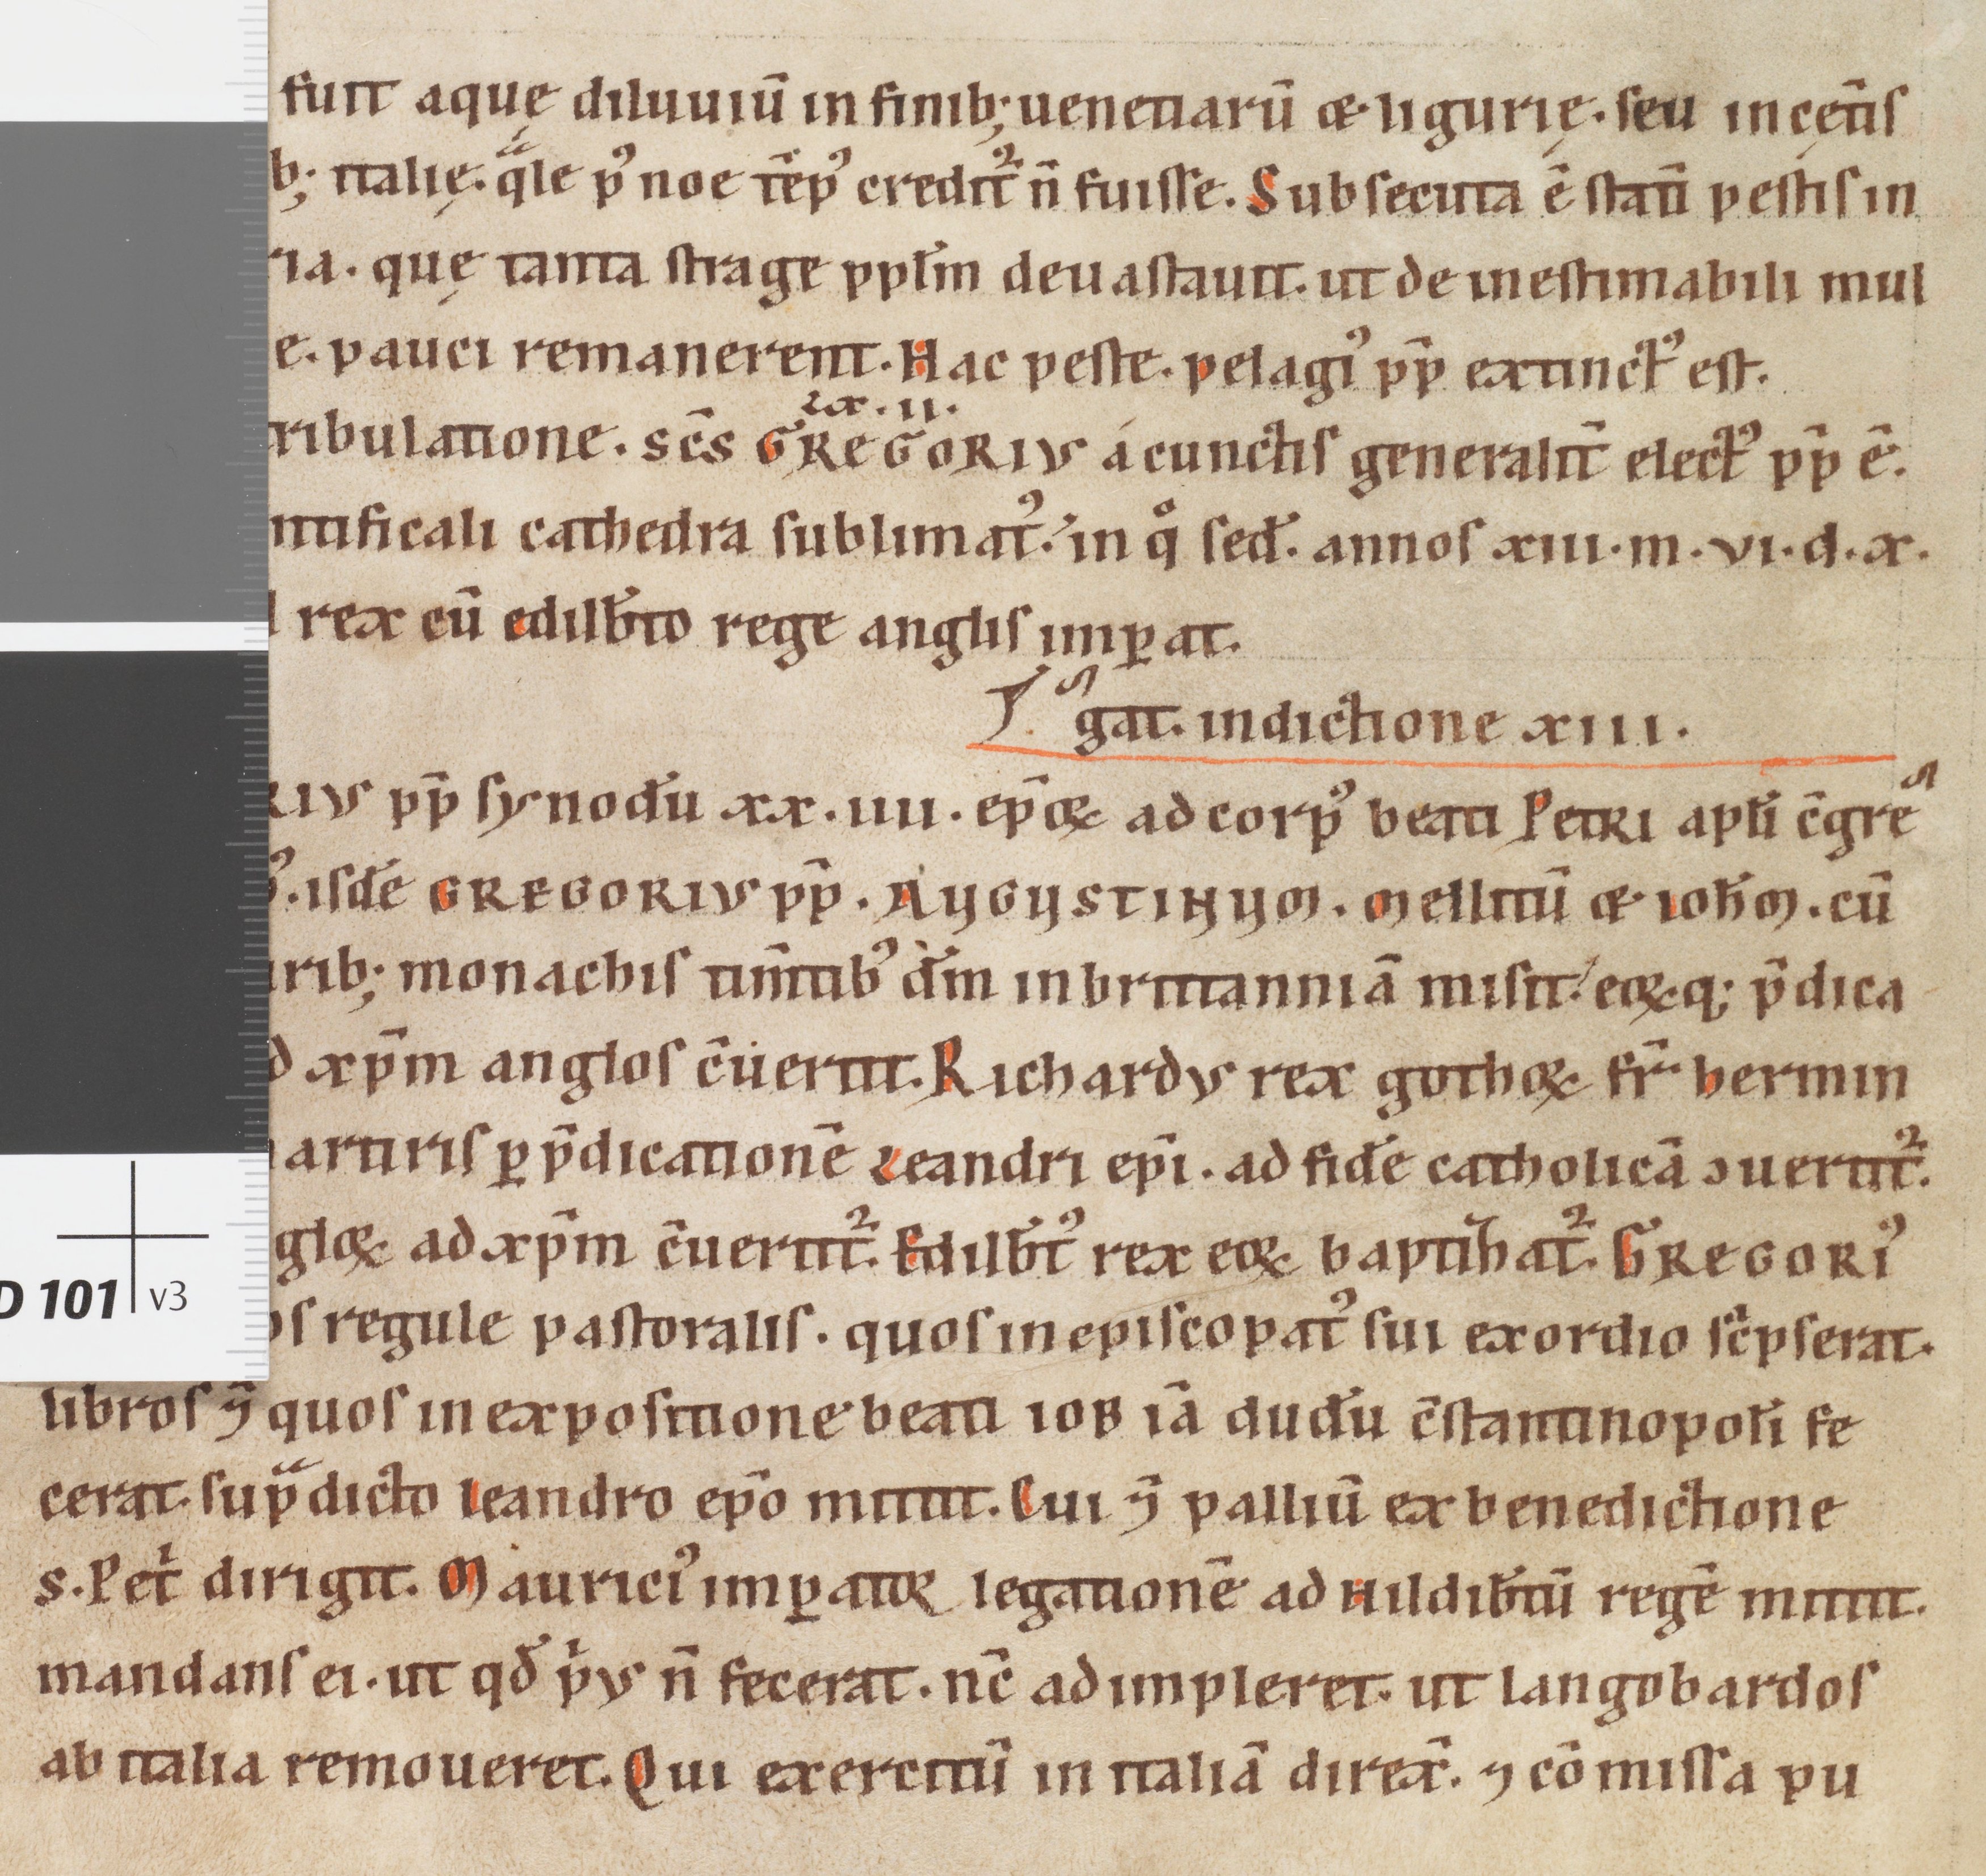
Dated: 1160–1190